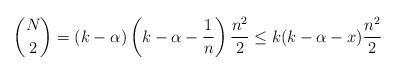
LaTeX: \begin{align*}\binom{N}{2}=(k-\alpha)\left(k-\alpha-\frac{1}{n}\right)\frac{n^2}{2} \leq k(k-\alpha-x)\frac{n^2}{2}\end{align*}